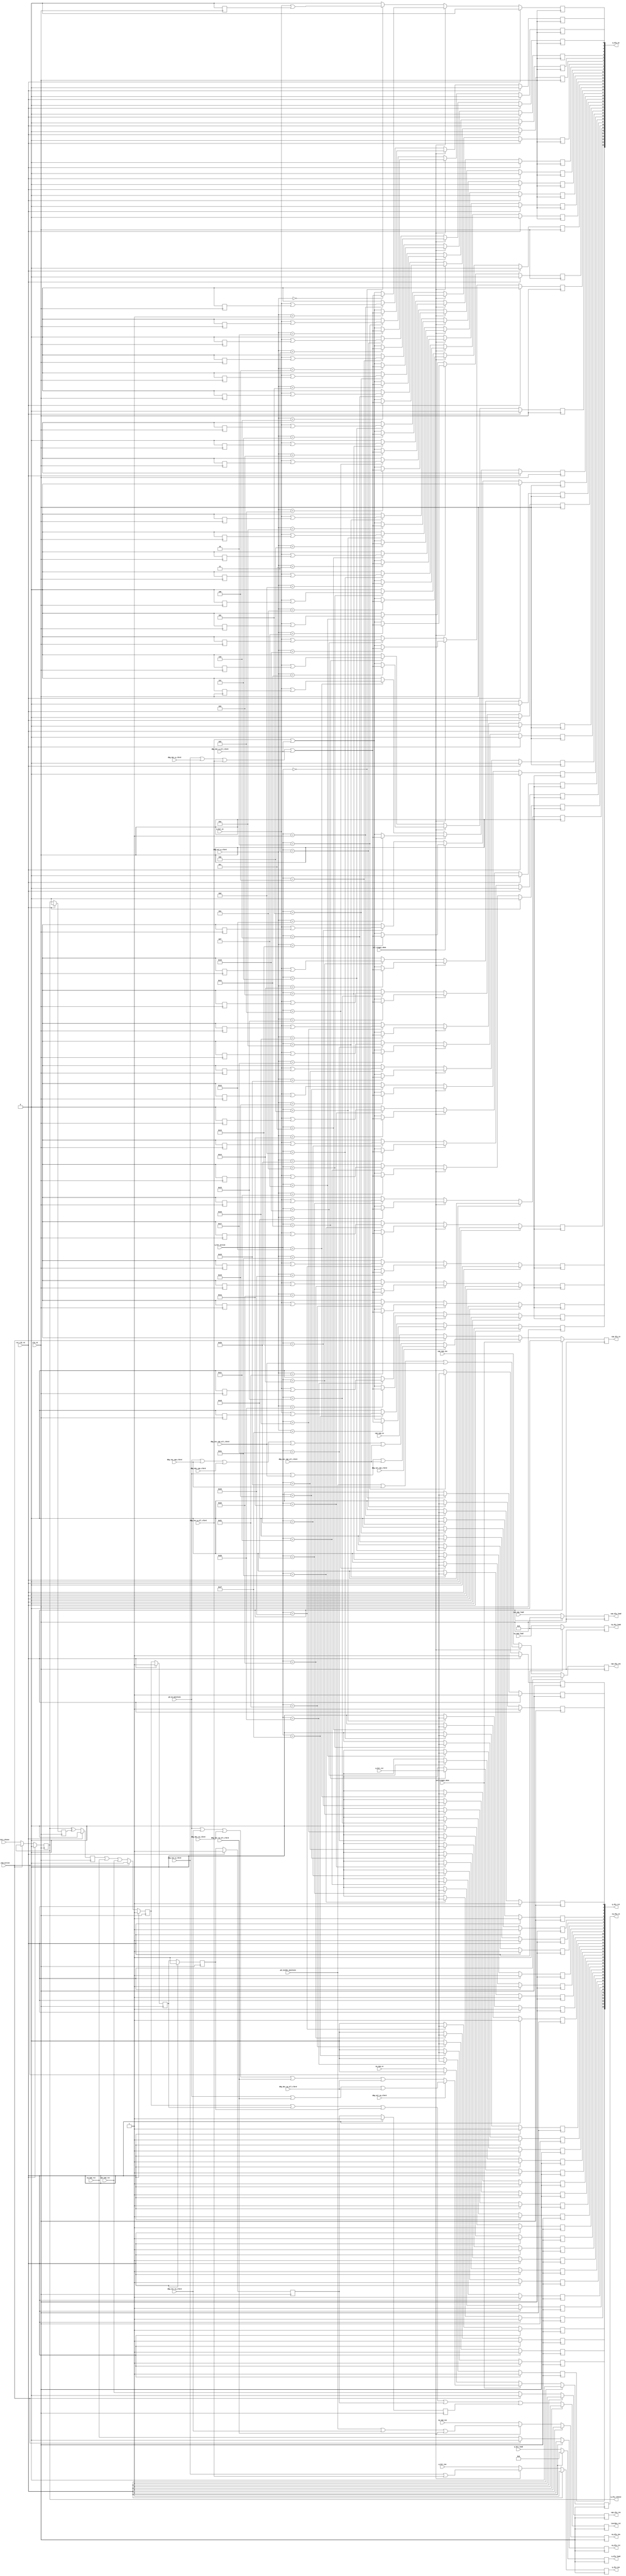
//*****************************************************************************
//(c) Copyright 2009 - 2010 Xilinx, Inc. All rights reserved.
//
// This file contains confidential and proprietary information
// of Xilinx, Inc. and is protected under U.S. and
// international copyright and other intellectual property
// laws.
//
// DISCLAIMER
// This disclaimer is not a license and does not grant any
// rights to the materials distributed herewith. Except as
// otherwise provided in a valid license issued to you by
// Xilinx, and to the maximum extent permitted by applicable
// law: (1) THESE MATERIALS ARE MADE AVAILABLE "AS IS" AND
// WITH ALL FAULTS, AND XILINX HEREBY DISCLAIMS ALL WARRANTIES
// AND CONDITIONS, EXPRESS, IMPLIED, OR STATUTORY, INCLUDING
// BUT NOT LIMITED TO WARRANTIES OF MERCHANTABILITY, NON-
// INFRINGEMENT, OR FITNESS FOR ANY PARTICULAR PURPOSE; and
// (2) Xilinx shall not be liable (whether in contract or tort,
// including negligence, or under any other theory of
// liability) for any loss or damage of any kind or nature
// related to, arising under or in connection with these
// materials, including for any direct, or any indirect,
// special, incidental, or consequential loss or damage
// (including loss of data, profits, goodwill, or any type of
// loss or damage suffered as a result of any action brought
// by a third party) even if such damage or loss was
// reasonably foreseeable or Xilinx had been advised of the
// possibility of the same.
//
// CRITICAL APPLICATIONS
// Xilinx products are not designed or intended to be fail-
// safe, or for use in any application requiring fail-safe
// performance, such as life-support or safety devices or
// systems, Class III medical devices, nuclear facilities,
// applications related to the deployment of airbags, or any
// other applications that could lead to death, personal
// injury, or severe property or environmental damage
// (individually and collectively, "Critical
// Applications"). Customer assumes the sole risk and
// liability of any use of Xilinx products in Critical
// Applications, subject only to applicable laws and
// regulations governing limitations on product liability.
//
// THIS COPYRIGHT NOTICE AND DISCLAIMER MUST BE RETAINED AS
// PART OF THIS FILE AT ALL TIMES.

////////////////////////////////////////////////////////////////////////////////
//   ____  ____
//  /   /\/   /
// /___/  \  /    Vendor             : Xilinx
// \   \   \/     Version            : 3.8 
//  \   \         Application        : MIG
//  /   /         Filename           : phy_read_dly_ctrl.v
// /___/   /\     Date Last Modified : $date$
// \   \  /  \    Date Created       : Dec 14, 2008
//  \___\/\___\
//
//Device: Virtex-6
//Design: QDRII+ / RLDRAM-II
//
//Purpose:
//  This module
//  1. Drives the IODELAY control (rst, ce, inc, and load) for each clock and
//     data I/O based on the control from the calibration logic.
//
//Revision History:
//
////////////////////////////////////////////////////////////////////////////////

`timescale 1ps/1ps

module phy_read_dly_ctrl #
(
  parameter MEMORY_WIDTH    = 36,         // Width of each memory
  parameter NUM_DEVICES     = 2,          // Number of memory devices
  parameter DEVICE_ID       = 0,          // Indicates memory device instance
  parameter MIN_TAPS        = 5,          // minimum usuable clock tap setting
  parameter MAX_TAPS        = 5,          // maximum usuable clock tap setting
  parameter TAP_BITS        = 5,          // Number of bits to represent DEVICE_TAPS
  parameter CQ_BITS         = 1,          // Number of bits to represent number of cq/cq#'s
  parameter Q_BITS          = 7,          // Number of bits to represent number of q's
  parameter SIM_CAL_OPTION  = "NONE",     // Skip various calibration steps - 
                                          //"NONE, "FAST_CAL", "SKIP_CAL"
  parameter MEM_TYPE        = "QDR2PLUS", // Memory Type (QDR2PLUS, QDR2)
  parameter DEBUG_PORT      = "ON",       // Debug using Chipscope controls
  parameter TCQ             = 100         // Register delay
)
(
  // System Signals
  input                         clk_rd,             // half freq CQ clock
  input                         rst_clk_rd,         // reset syncrhonized to clk_rd

  // Stage 1 Calibration Signals Synchronized to clk_rd
  input [CQ_BITS-1:0]           cq_num_active,      // indicates which CQ/CQ# the control is for 
  input [Q_BITS-1:0]            q_bit_active,       // indictes which Q the control is for
  input [TAP_BITS-1:0]          cq_num_load,        // iodelay load value for CQ
  input [TAP_BITS-1:0]          cqn_num_load,       // iodelay load value for CQ#
  input [TAP_BITS-1:0]          q_bit_load,         // iodelay load value for Q
  input                         cq_num_rst,         // iodelay rst control for CQ
  input                         cq_num_ce,          // iodelay ce control for CQ
  input                         cq_num_inc,         // iodelay inc control for CQ
  input                         cqn_num_rst,        // iodelay rst control for CQ#
  input                         cqn_num_ce,         // iodelay ce control for CQ#
  input                         cqn_num_inc,        // iodelay inc control for CQ#
  input                         q_bit_rst,          // iodelay rst for Q
  input                         q_bit_ce,           // iodelay ce for Q
  input                         q_bit_inc,          // iodelay inc for Q
  input                         q_bit_clkinv,       // invert clk/clkb inputs of iserdes
  input                         cal_stage1_done,

  // Phase Detector Signals
  input                         cal_stage2_done,    // indicates stage 2 calibration is complete
  input                         pd_en_maintain,     // iodelay ce from phase detector
  input                         pd_incdec_maintain, // iodelay inc/dec from phase detector
  
  // chipscope debug signals
  input [Q_BITS-1:0]            dbg_sel_q_clkrd,
  input [CQ_BITS-1:0]           dbg_sel_cq_clkrd,
  input [CQ_BITS-1:0]           dbg_sel_cqn_clkrd,
  input                         dbg_inc_q_clkrd,
  input                         dbg_dec_q_clkrd,
  input                         dbg_inc_cq_clkrd,
  input                         dbg_dec_cq_clkrd,
  input                         dbg_inc_cqn_clkrd,
  input                         dbg_dec_cqn_clkrd,
  input                         dbg_inc_q_all_clkrd,
  input                         dbg_dec_q_all_clkrd,
  input                         dbg_inc_cq_all_clkrd,
  input                         dbg_dec_cq_all_clkrd,
  input                         dbg_inc_cqn_all_clkrd,
  input                         dbg_dec_cqn_all_clkrd,
  
  // IDELAY/ISERDES Signals
  output reg                    cq_dly_ce,          // CQ IDELAY clock enable
  output reg                    cq_dly_inc,         // CQ IDELAY increment
  output reg                    cq_dly_rst,         // CQ IDELAY clock reset
  output reg [TAP_BITS-1:0]     cq_dly_load,        // CQ IDELAY cntvaluein load value
  output reg                    cqn_dly_ce,         // CQ# IDELAY clock enable
  output reg                    cqn_dly_inc,        // CQ# IDELAY increment
  output reg                    cqn_dly_rst,        // CQ# IDELAY clock reset
  output reg [TAP_BITS-1:0]     cqn_dly_load,       // CQ# IDELAY cntvaluein load value
  output reg [MEMORY_WIDTH-1:0] q_dly_ce,           // Q IDELAY clock enable
  output reg                    q_dly_inc,          // Q IDELAY increment
  output reg [MEMORY_WIDTH-1:0] q_dly_rst,          // Q IDELAY clock reset
  output reg [TAP_BITS-1:0]     q_dly_load,         // Q IDELAY cntvaluein load value
  output reg                    q_dly_clkinv,       // ISERDES clk inversion
  output reg                    iserdes_rst         // ISERDES reset
);

  reg                    q_dly_clkinv_r;
  reg                    clkinv_changed;
  reg                    iserdes_rst_int;
  reg                    iserdes_rst_int_r;
  reg                    iserdes_rst_int_2r;
  reg                    iserdes_rst_int_3r;
  reg                    iserdes_rst_int_4r;
  reg [TAP_BITS-1:0]     q_bit_target;
  reg [TAP_BITS-1:0]     q_bit_current;
  reg [MEMORY_WIDTH-1:0] q_bit_load_ce;
  reg                    taps_match;

  // Drive IODELAY load values to all CQs, CQ#s, and Qs - loaded on reset
  always @(posedge clk_rd) begin
    if (rst_clk_rd) begin
      cq_dly_load   <= #TCQ MIN_TAPS;
      cqn_dly_load  <= #TCQ MIN_TAPS;
      q_dly_load    <= #TCQ 0;
    end else begin
      cq_dly_load   <= #TCQ cq_num_load;
      cqn_dly_load  <= #TCQ cqn_num_load;
      q_dly_load    <= #TCQ q_bit_load;
    end
  end
  
  // Drive IODLEAY inc values to all CQs, CQ#s, and Qs. Drive with signals from
  // stage 1 calibration until stage 2 is complete. Then drive with signals
  // from phase detector.
  always @(posedge clk_rd) begin
    if (rst_clk_rd) begin
      cq_dly_inc  <= #TCQ 1;
      cqn_dly_inc <= #TCQ 1;
      q_dly_inc   <= #TCQ 1;
    end else begin
      if (DEBUG_PORT == "OFF") begin
        cq_dly_inc  <= #TCQ cal_stage2_done ? pd_incdec_maintain : cq_num_inc;
        cqn_dly_inc <= #TCQ cal_stage2_done ? pd_incdec_maintain : cqn_num_inc;
        q_dly_inc   <= #TCQ cal_stage2_done ? 0 : q_bit_inc;
      end else begin 
        cq_dly_inc  <= #TCQ cal_stage1_done ? 
                       (pd_incdec_maintain || dbg_inc_cq_clkrd || 
                        dbg_inc_cq_all_clkrd)  : cq_num_inc; 
        cqn_dly_inc <= #TCQ cal_stage1_done ? 
                       (pd_incdec_maintain || dbg_inc_cqn_clkrd || 
                        dbg_inc_cqn_all_clkrd) : cqn_num_inc;
        q_dly_inc   <= #TCQ cal_stage1_done ? ( dbg_inc_q_clkrd || 
                        dbg_inc_q_all_clkrd)   : q_bit_inc;
      end 
    end
  end

  // IODELAY/ISERDES control is sent to the I/O's for this memory only if this
  // device is the target (cq_num_active == DEVICE_ID). For clock enables, send
  // the control to the I/O's from calibration logic during stage 1 and 2
  // calibration. After that they are driven from the phase detector.

  // ISERDES  clk/clkb input polarity control
  always @(posedge clk_rd) begin
    if (rst_clk_rd)
      q_dly_clkinv <= #TCQ 0;
    else if (cq_num_active == DEVICE_ID)
      q_dly_clkinv <= #TCQ q_bit_clkinv;
  end

  // Issue ISERDES reset whenever clock inversion control changes
  always @(posedge clk_rd) begin
    if (rst_clk_rd)
      q_dly_clkinv_r <= #TCQ 0;
    else
      q_dly_clkinv_r <= #TCQ q_dly_clkinv;
  end

  // Indicate if q_bit_clkinv changed states
  always @(posedge clk_rd) begin
    if (rst_clk_rd)
      clkinv_changed <= #TCQ 0;
    else
      clkinv_changed <= #TCQ q_dly_clkinv ^ q_dly_clkinv_r;
  end

  // Shared ISERDES reset across all clock and data within clock group. 
  always @(posedge clk_rd) begin
    if (rst_clk_rd)
      iserdes_rst_int <= #TCQ 1;
    else if (cq_num_active == DEVICE_ID)
      iserdes_rst_int <= #TCQ clkinv_changed || cq_num_rst || cqn_num_rst;
    else
      iserdes_rst_int <= #TCQ 0;
  end

  // Extend the reset to ensure that it is seen when the clocks move as a
  // result of the taps be inc/dec or reset
  always @(posedge clk_rd) begin
    if (rst_clk_rd) begin
      iserdes_rst_int_r   <= #TCQ 1;
      iserdes_rst_int_2r  <= #TCQ 1;
      iserdes_rst_int_3r  <= #TCQ 1;
      iserdes_rst_int_4r  <= #TCQ 1;
    end else begin
      iserdes_rst_int_r   <= #TCQ iserdes_rst_int;
      iserdes_rst_int_2r  <= #TCQ iserdes_rst_int_r;
      iserdes_rst_int_3r  <= #TCQ iserdes_rst_int_2r;
      iserdes_rst_int_4r  <= #TCQ iserdes_rst_int_3r;
    end
  end

  always @(posedge clk_rd) begin
    if (rst_clk_rd)
      iserdes_rst <= #TCQ 1;
    else
      iserdes_rst <= #TCQ iserdes_rst_int || iserdes_rst_int_r ||
                          iserdes_rst_int_2r || iserdes_rst_int_3r || 
                          iserdes_rst_int_4r;
  end

// Individual CQ IODELAY enables
  always @(posedge clk_rd) begin
    if (rst_clk_rd) begin
      cq_dly_ce <= #TCQ 0;
    end else if ( DEBUG_PORT == "OFF") begin
      if (cq_num_active == DEVICE_ID)
        cq_dly_ce <= #TCQ cal_stage2_done ? pd_en_maintain : cq_num_ce;
      else
        cq_dly_ce <= #TCQ cal_stage2_done ? pd_en_maintain : 0;
    end else if (DEBUG_PORT == "ON" && cal_stage2_done) begin
       if (dbg_sel_cq_clkrd == DEVICE_ID)   
          cq_dly_ce <= #TCQ (pd_en_maintain || dbg_inc_cq_clkrd || 
                      dbg_dec_cq_clkrd || dbg_inc_cq_all_clkrd ||
                      dbg_dec_cq_all_clkrd );
       else 
          cq_dly_ce <= #TCQ pd_en_maintain || dbg_inc_cq_all_clkrd || dbg_dec_cq_all_clkrd ;
    end else if ((DEBUG_PORT == "ON") && !cal_stage2_done) begin
      if (cq_num_active == DEVICE_ID)
        cq_dly_ce <= #TCQ cq_num_ce;
      else
        cq_dly_ce <= #TCQ 0;    
    end else begin
      cq_dly_ce <= #TCQ 0; 
    end
  end

  // Individual CQ IODELAY resets with load values
  always @(posedge clk_rd) begin
    if (rst_clk_rd)
      cq_dly_rst <= #TCQ 1;
    else if (cq_num_active == DEVICE_ID)
      cq_dly_rst <= #TCQ cq_num_rst;
    else
      cq_dly_rst <= #TCQ 0;
  end
  
  // Individual CQ IODELAY enables
  always @(posedge clk_rd) begin
    if (rst_clk_rd) begin
      cqn_dly_ce <= #TCQ 0;
    end else if ( DEBUG_PORT == "OFF") begin
      if (cq_num_active == DEVICE_ID)
        cqn_dly_ce <= #TCQ cal_stage2_done ? pd_en_maintain : cqn_num_ce;
      else
        cqn_dly_ce <= #TCQ cal_stage2_done ? pd_en_maintain : 0;
    end else if (DEBUG_PORT == "ON" && cal_stage2_done) begin
       if (dbg_sel_cqn_clkrd == DEVICE_ID)   
          cqn_dly_ce <= #TCQ (pd_en_maintain || dbg_inc_cqn_clkrd || 
                      dbg_dec_cqn_clkrd || dbg_inc_cqn_all_clkrd ||
                      dbg_dec_cqn_all_clkrd );
       else 
          cqn_dly_ce <= #TCQ pd_en_maintain || dbg_inc_cqn_all_clkrd || dbg_dec_cqn_all_clkrd ;
    end else if ((DEBUG_PORT == "ON") && !cal_stage2_done) begin
      if (cq_num_active == DEVICE_ID)
        cqn_dly_ce <= #TCQ cqn_num_ce;
      else
        cqn_dly_ce <= #TCQ 0;    
    end else begin
      cqn_dly_ce <= #TCQ 0; 
    end
  end

  // Individual CQ# IODELAY resets with load values
  always @(posedge clk_rd) begin
    if (rst_clk_rd)
      cqn_dly_rst <= #TCQ 1;
    else if (cq_num_active == DEVICE_ID)
      cqn_dly_rst <= #TCQ cqn_num_rst;
    else
      cqn_dly_rst <= #TCQ 0;
  end

  // Save the value of q_bit load whenever a reset is issued
  always @ (posedge clk_rd) begin
    if (rst_clk_rd) begin
      q_bit_target   <= #TCQ 0;
    end else if (MEM_TYPE=="QDR2PLUS" ||
                 MEM_TYPE=="QDR2" ) begin
      q_bit_target   <= #TCQ 0;
    end else if (|q_dly_rst) begin //save for any reset since a shared signal
      q_bit_target   <= #TCQ q_dly_load;
    end
  end
  
  //generate a flag for when taps expected and current do not match
  always @ (posedge clk_rd) begin
    if (rst_clk_rd)
      taps_match   <= #TCQ 0;
    else if (q_bit_current == q_bit_target)
      taps_match   <= #TCQ 1;
    else
      taps_match   <= #TCQ 0;
  end
  
  // Update the value of q_bit_current
  // want to increment taps to match the q_bit_target value
  // set via parralel load
  always @ (posedge clk_rd) begin
    if (rst_clk_rd) begin
      q_bit_current   <= #TCQ 0;
    end else if (MEM_TYPE=="QDR2PLUS" ||
                 MEM_TYPE=="QDR2") begin
      q_bit_current   <= #TCQ 0;
    end else if (|q_dly_rst) begin
      q_bit_current   <= #TCQ 0;
    end else if (q_bit_current != q_bit_target) begin
      q_bit_current   <= #TCQ q_bit_current + 1;
    end else begin
      q_bit_current   <= #TCQ q_bit_current;
    end
  end
  
  // IODELAY control is sent to the I/O's for this memory only if this
  // device is the target.

  genvar mw_i;
  generate
    for (mw_i=0; mw_i < MEMORY_WIDTH; mw_i=mw_i+1) 
    begin : q_dlyctrl_inst
    
      // Increment the taps of a given bit to the target value
      // this assumes enough time is given after rst with the current bit 
      // to reach the target value
      always @ (posedge clk_rd) begin
        if (rst_clk_rd) begin
          q_bit_load_ce[mw_i]   <= #TCQ 0;
        end else if (MEM_TYPE=="QDR2PLUS" ||
                     MEM_TYPE=="QDR2" ) begin
          q_bit_load_ce[mw_i]   <= #TCQ 0;
        end else if (!taps_match) begin
          if (q_bit_active == mw_i+(MEMORY_WIDTH*DEVICE_ID)) 
            q_bit_load_ce[mw_i] <= #TCQ 1;
          else if (SIM_CAL_OPTION == "FAST_CAL" && cq_num_active == DEVICE_ID)
            q_bit_load_ce[mw_i] <= #TCQ 1;
          else
            q_bit_load_ce[mw_i] <= #TCQ 0;
        end else begin
          q_bit_load_ce[mw_i] <= #TCQ 0;
        end
      end

      // Individual Q IODELAY enables
      always @(posedge clk_rd) begin
        if (rst_clk_rd)
          q_dly_ce[mw_i] <= #TCQ 0;
        else if (SIM_CAL_OPTION == "FAST_CAL" && cq_num_active == DEVICE_ID)
          q_dly_ce[mw_i] <= #TCQ q_bit_ce | q_bit_load_ce[mw_i];
        else if (DEBUG_PORT == "OFF") 
          if (q_bit_active == mw_i+(MEMORY_WIDTH*DEVICE_ID)) 
            q_dly_ce[mw_i] <= #TCQ q_bit_ce | q_bit_load_ce[mw_i];
          else
            q_dly_ce[mw_i] <= #TCQ 0;
        else if ((DEBUG_PORT == "ON") && cal_stage1_done) 
          if (dbg_sel_q_clkrd == mw_i+(MEMORY_WIDTH*DEVICE_ID))
            q_dly_ce[mw_i] <= #TCQ (dbg_inc_q_clkrd || dbg_dec_q_clkrd || 
                                    dbg_inc_q_all_clkrd || dbg_dec_q_all_clkrd);
          else
            q_dly_ce[mw_i] <= #TCQ (dbg_inc_q_all_clkrd || dbg_dec_q_all_clkrd);
        else if ((DEBUG_PORT == "ON") && !cal_stage1_done)
          if (q_bit_active == mw_i+(MEMORY_WIDTH*DEVICE_ID)) 
            q_dly_ce[mw_i] <= #TCQ q_bit_ce | q_bit_load_ce[mw_i];
          else
            q_dly_ce[mw_i] <= #TCQ 0;
        else
          q_dly_ce[mw_i] <= #TCQ 0;
      end

      // Individual Q IODELAY resets with load values
      always @(posedge clk_rd) begin
        if (rst_clk_rd)
          q_dly_rst[mw_i] <= #TCQ 1;
        else if (SIM_CAL_OPTION == "FAST_CAL" && cq_num_active == DEVICE_ID)
          q_dly_rst[mw_i] <= #TCQ q_bit_rst;
        else if (q_bit_active == mw_i+(MEMORY_WIDTH*DEVICE_ID)) 
          q_dly_rst[mw_i] <= #TCQ q_bit_rst;
        else
          q_dly_rst[mw_i] <= #TCQ 0;
      end
    end
  endgenerate

endmodule